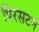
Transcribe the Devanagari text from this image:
पिंरसटन